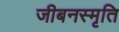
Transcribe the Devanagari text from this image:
जीबनस्मृति